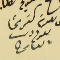
رىس ىلدية كفرشىما ىعوم دىب العارح